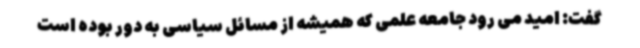
گفت: امید می رود جامعه علمی که همیشه از مسائل سیاسی به دور بوده است